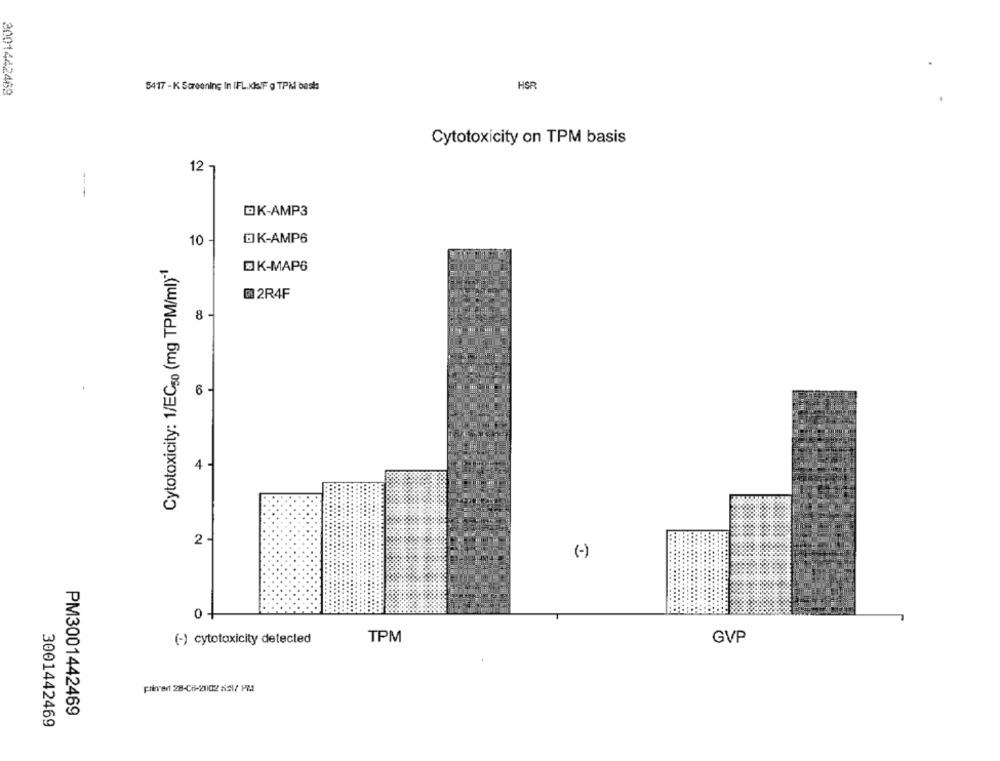
2001442469
5417 - K Screening In IFL.XdSF g TPM basis
HSR
Cytotoxicity on TPM basis
12 -
--
OK-AMP3
10 -
DK-AMP6
Cytotoxicity: 1/EC50 (mg TPM/ml)"1
DK-MAP6
@ 2R4F
8 -
6-
4 .
2 4
(-)
0 -
(-) cytotoxicity detected
TPM
GVP
priver 28-08-21102 5517 PM
PM3001442469
3001442469